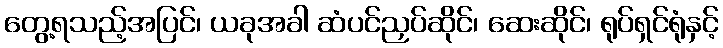
တွေ့ရသည့်အပြင်၊ ယခုအခါ ဆံပင်ညှပ်ဆိုင်၊ ဆေးဆိုင်၊ ရုပ်ရှင်ရုံနှင့်